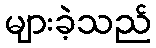
များခဲ့သည်